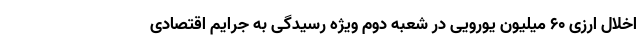
اخلال ارزی ۶۰ میلیون یورویی در شعبه دوم ویژه رسیدگی به جرایم اقتصادی